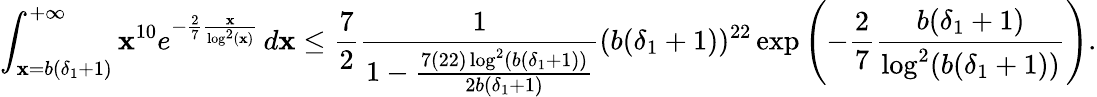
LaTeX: \int_{\mathbf{x}=b(\delta_{1}+1)}^{+\infty}\mathbf{x}^{10}e^{-\frac{{2}}{{7}}\frac{{\mathbf{x}}}{{\log^{2}(\mathbf{x})}}}\, d\mathbf{x}\leq\frac{{7}}{{2}}\frac{{1}}{{1-\frac{{7(22)\log^{2}(b(\delta_{1}+1))}}{{2b(\delta_{1}+1)}}}}(b(\delta_{1}+1))^{22}\exp\left(-\frac{{2}}{{7}}\frac{{b(\delta_{1}+1)}}{{\log^{2}(b(\delta_{1}+1))}}\right).